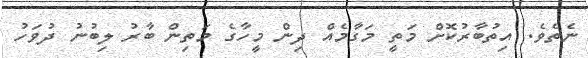
ނެތެވެ. އިތުބާރުކޮށް މަތީ މަގާމެއް ދިން މީހާގެ މަތިން ބާރު ލިބުނު ދުވަހު